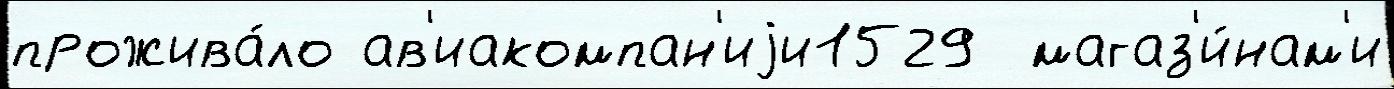
прожива́ло ав'иакомпан'иjи1529  магаз'и́нам'и